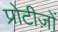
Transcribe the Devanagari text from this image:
प्रोटीज़ों